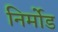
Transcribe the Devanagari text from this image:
निर्मोड